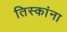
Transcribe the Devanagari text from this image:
तिस्कांना